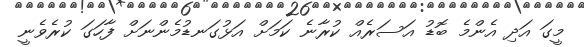
މީގަ އަދި އެންމެ ބޮޑު އަސަރެއް ކުރާނެ ކަމަށް އަޅުގަނޑުމެންނަށް ފާހަގަ ކުރެވެނީ